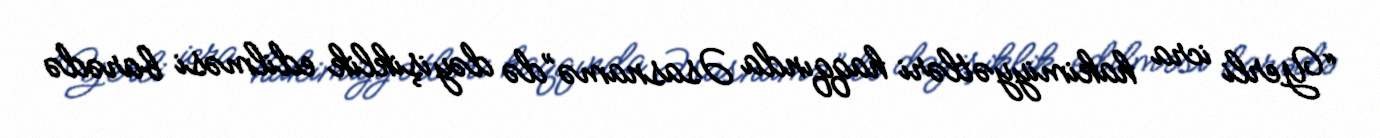
“Yerli icra hakimiyyətləri haqqında Əsasnamə”də dəyişiklik edilməsi barədə